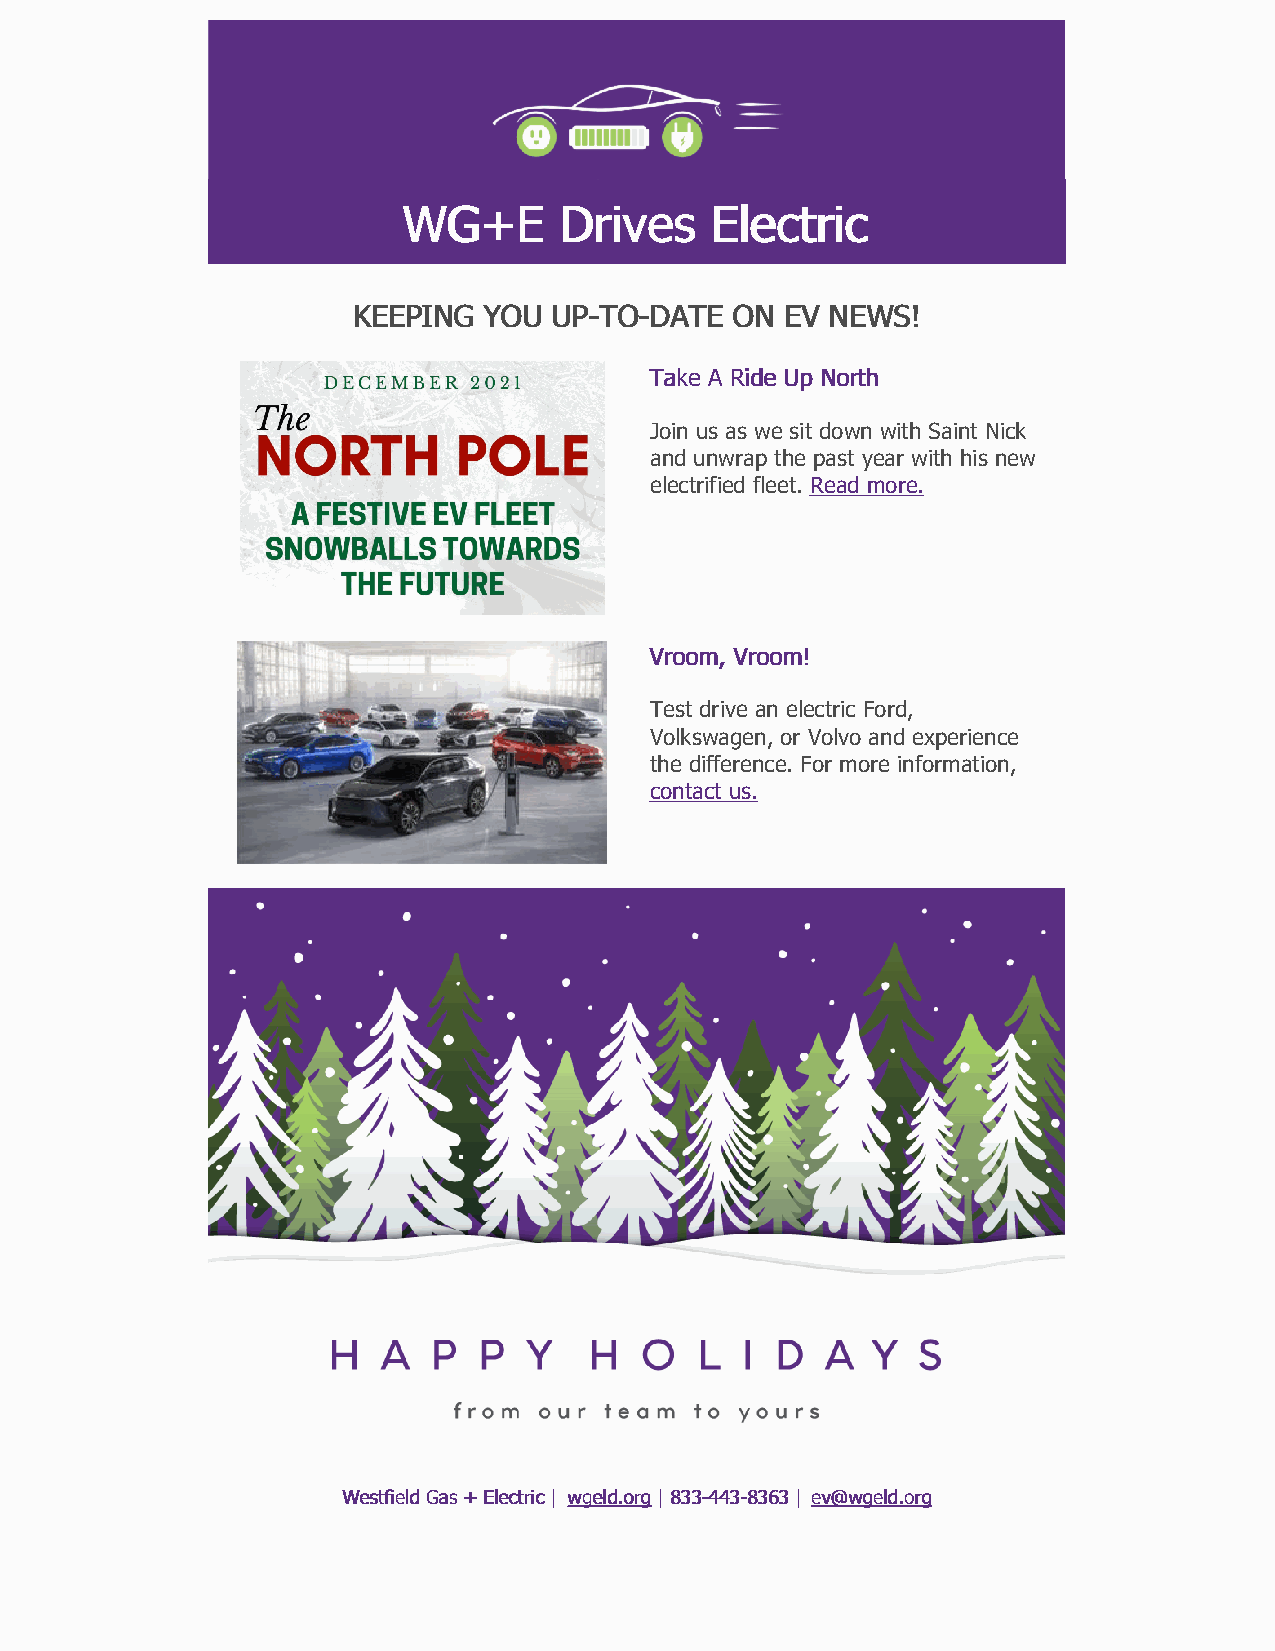
WWGG++EE  DDrriivveess EElleeccttrriicc
 KKEEEEPPIINNGG YYOOUU UUPP--TTOO--DDAATTEE OONN EEVV NNEEWWSS!!
 TTaakkee AA RRiiddee UUpp NNoorrtthh
 Join us as we sit down with Saint Nick
 and unwrap the past year with his new
 electrified fleet. Read more.
 VVrroooomm,, VVrroooomm!!
 Test drive an electric Ford,
 Volkswagen, or Volvo and experience
 the difference. For more information,
 contact us.
 WWeessttffiieelldd GGaass ++ EElleeccttrriicc || wwggeelldd..oorrgg || 883333--444433--88336633 || eevv@@wwggeelldd..oorrgg